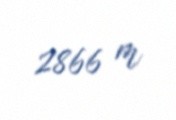
2866 m